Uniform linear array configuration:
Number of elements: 32
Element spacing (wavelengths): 1
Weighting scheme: kaiser
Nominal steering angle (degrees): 15
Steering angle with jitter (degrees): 13.942
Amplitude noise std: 0.05
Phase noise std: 0.05

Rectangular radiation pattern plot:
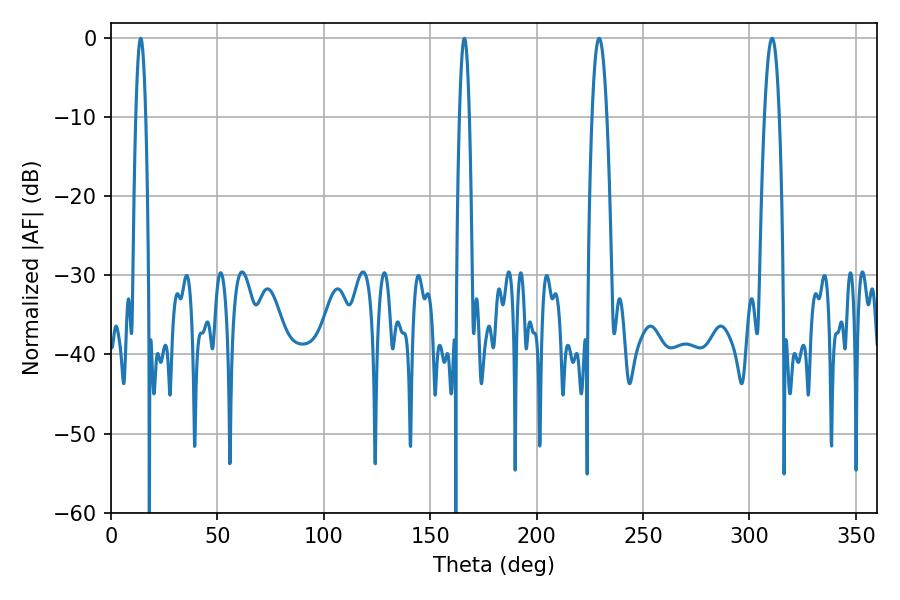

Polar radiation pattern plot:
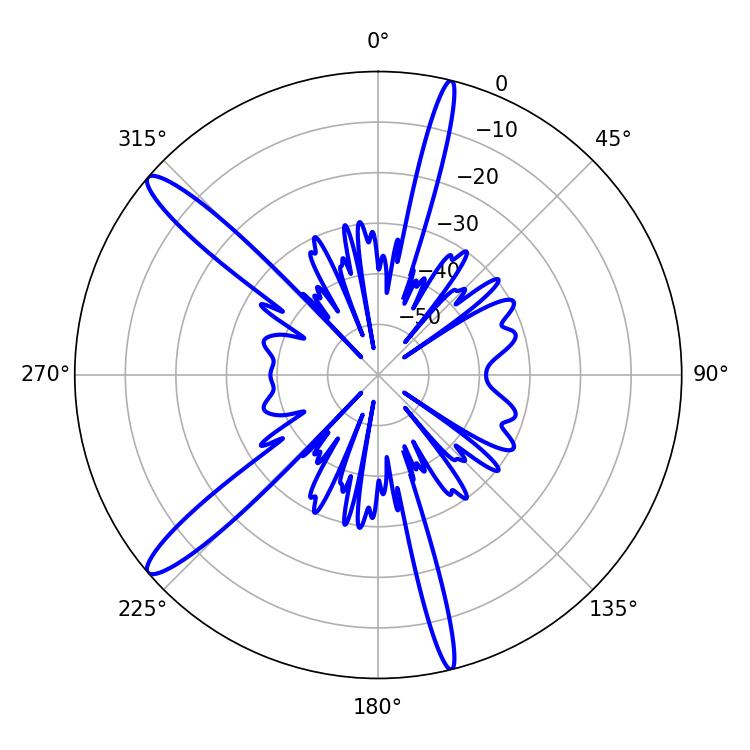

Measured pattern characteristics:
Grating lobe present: TRUE
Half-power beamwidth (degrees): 3.78
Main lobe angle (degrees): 229.32